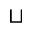
\sqcup